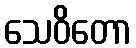
သေဝိတော